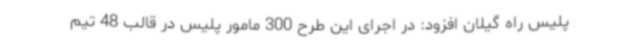
پلیس راه گیلان افزود: در اجرای این طرح 300 مامور پلیس در قالب 48 تیم